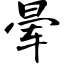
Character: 晕